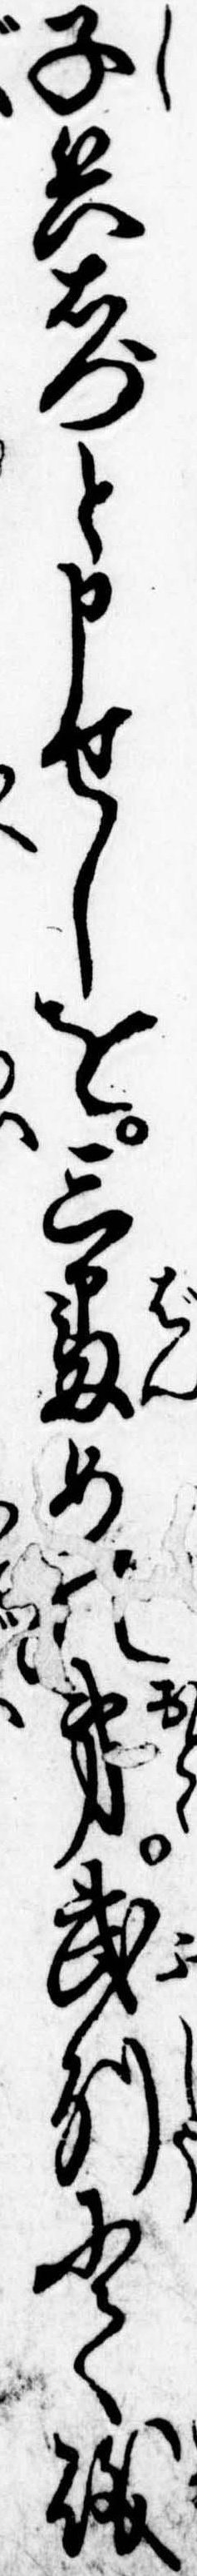
子兵右門と申せしを三番めの弟武州にて磯